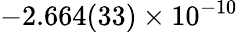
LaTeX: -2.664(33)\times 10^{-10}